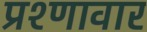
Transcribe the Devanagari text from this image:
प्रश्णावार